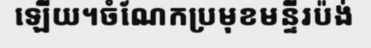
ឡើយ។ចំណែកប្រមុខមន្ទីរប៉ង់